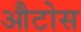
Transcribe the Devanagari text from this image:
औटोस